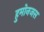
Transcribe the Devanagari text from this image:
हुमोनजस